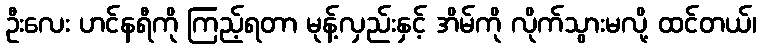
ဦးလေး ဟင်နရီကို ကြည့်ရတာ မုန့်လှည်းနှင့် အိမ်ကို လိုက်သွားမလို့ ထင်တယ်၊